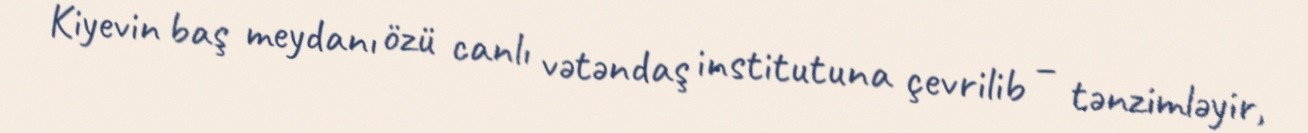
Kiyevin baş meydanı özü canlı vətəndaş institutuna çevrilib – tənzimləyir,